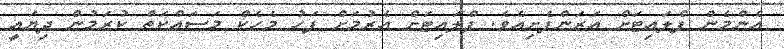
އެންމެން ފްލައިޓަށް އަރަންފެށިއެވެ. ފްލައިޓަށް އެރުމަށް ފަހު މެހެކް މަސައްކަތް ކުރަމުން ދިޔައީ